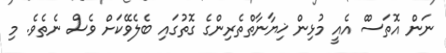
ނަން އޮތަސްް އެއީ މުޅިން ޚިޔާނާތްތެރިންގެ ގޮތުގައި ބެލެވޭކަށް ވެސް ނެތެވެ. މި